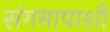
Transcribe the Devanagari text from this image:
संगमापाशी